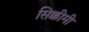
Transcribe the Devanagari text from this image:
सिक्कीमी